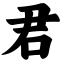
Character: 君